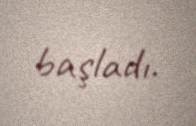
başladı.